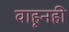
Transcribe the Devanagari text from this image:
वाहूनही